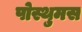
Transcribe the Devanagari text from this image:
पोस्थुमस